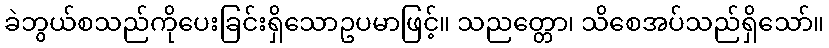
ခဲဘွယ်စသည်ကိုပေးခြင်းရှိသောဥပမာဖြင့်။ သညတ္တော၊ သိစေအပ်သည်ရှိသော်။